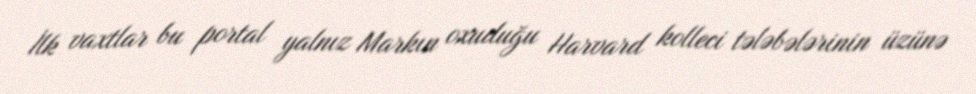
İlk vaxtlar bu portal yalnız Markın oxuduğu Harvard kolleci tələbələrinin üzünə